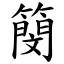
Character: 簢